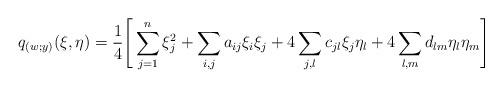
LaTeX: \begin{align*}q_{(w;y)}(\xi,\eta)=\frac{1}{4} \Bigg[\sum_{j=1}^n\xi_j^2+\sum_{i,j} a_{ij}\xi_i\xi_j+ 4\sum_{j,l}c_{jl}\xi_j\eta_l+ 4\sum_{l,m}d_{lm}\eta_l\eta_m\Bigg]\end{align*}